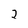
Character: 2